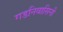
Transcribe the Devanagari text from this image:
गडनिवासिनी